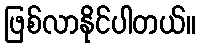
ဖြစ်လာနိုင်ပါတယ်။